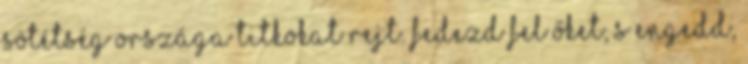
sötétség országa titkokat rejt. Fedezd fel őket, s engedd,